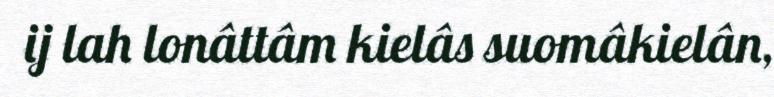
ij lah lonâttâm kielâs suomâkielân,